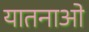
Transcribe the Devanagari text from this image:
यातनाओ